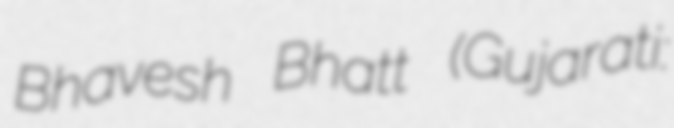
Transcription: Bhavesh Bhatt (Gujarati: